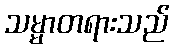
သမ္မာတရားသည်